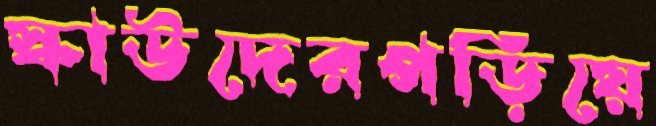
স্কাউদেরপড়িয়ে